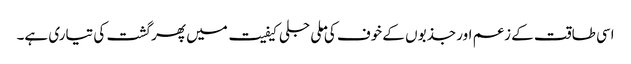
اسی طاقت کے زعم اور جذبوں کے خوف کی ملی جلی کیفیت میں پھر گشت کی تیاری ہے۔